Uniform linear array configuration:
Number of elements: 4
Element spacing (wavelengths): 0.5
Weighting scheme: blackman
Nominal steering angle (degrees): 0
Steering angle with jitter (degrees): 1.627
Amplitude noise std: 0.05
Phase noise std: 0.05

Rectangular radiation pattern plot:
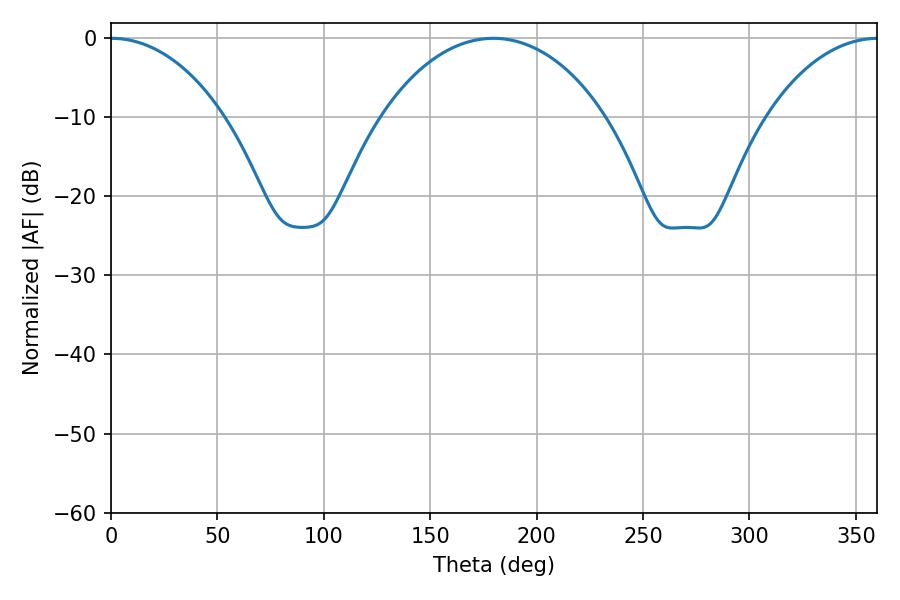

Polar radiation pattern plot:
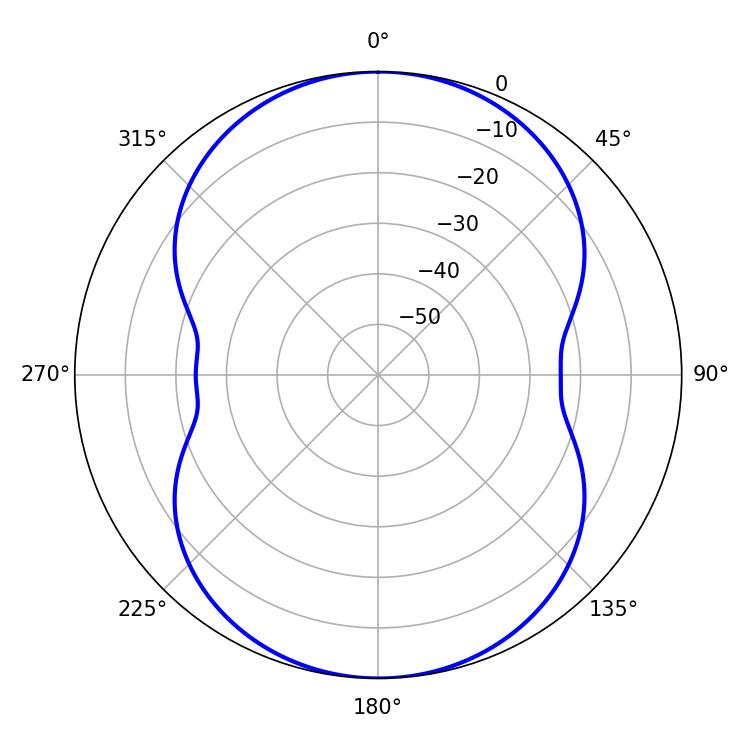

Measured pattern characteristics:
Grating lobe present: FALSE
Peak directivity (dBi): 21.075
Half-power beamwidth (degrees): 30.42
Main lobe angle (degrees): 0.36